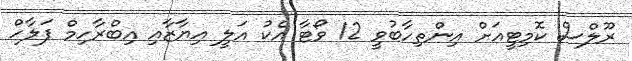
ރޫލްސް ކޮމިޓީއަށް އިންތިހާބުވީ 12 ވޯޓާ އެކު އަލީ އިޔާޒާއި އިބްރާހިމް ފަލާހް